Lock hospitals Punjab
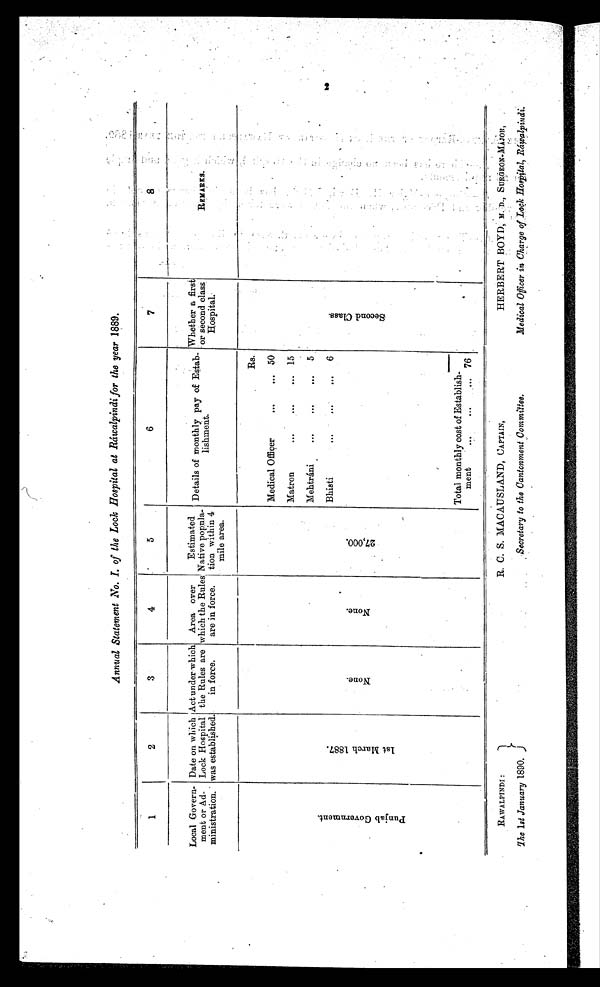
Annual Statement No. I. of the Lock Hospital at Ráwalpindi for the year 1889.
1
2
3
4
5
6
7
8
Local Govern-
ment or Ad-
ministration.
Date on which
Lock Hospital
was established.
Act under which
the Rules are
in force.
Area over
which the Rules
are in force.
Estimated
Native popula-
Lion within 4
mile area.
Details of monthly pay of Estab-
lishment.
Whether a first
or second class
Hospital.
R E M A R K S .
P u n j a b G o v e r n m e n t .
1 s t M a r c h 1 8 8 7 .
N o n e .
N o n e .
2 7 , 0 0 0 .
Rs.
Second Cl ass.
Medical Officer
...
... 50
Matron
. . .
...
... 15
Mehtráni
...
...
...
5
Bhist
...
•••
...
6
Total monthly cost of Establish-
ment
...
...
... 76
RAWALPINDI :
The 1st January 1890,
R. C. S. MACAUSLAND, CAPTAIN,
Secretary to the Cantonment Committee.
HERBERT BOYD,M. D., SURGEON-MAJOR,
Medical Officer in Charge of Lock Hospital, Ráwalpindi.